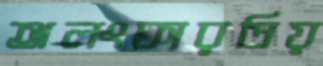
অলংকারপ্রিয়